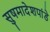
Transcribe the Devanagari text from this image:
सुषमादेशपांडे